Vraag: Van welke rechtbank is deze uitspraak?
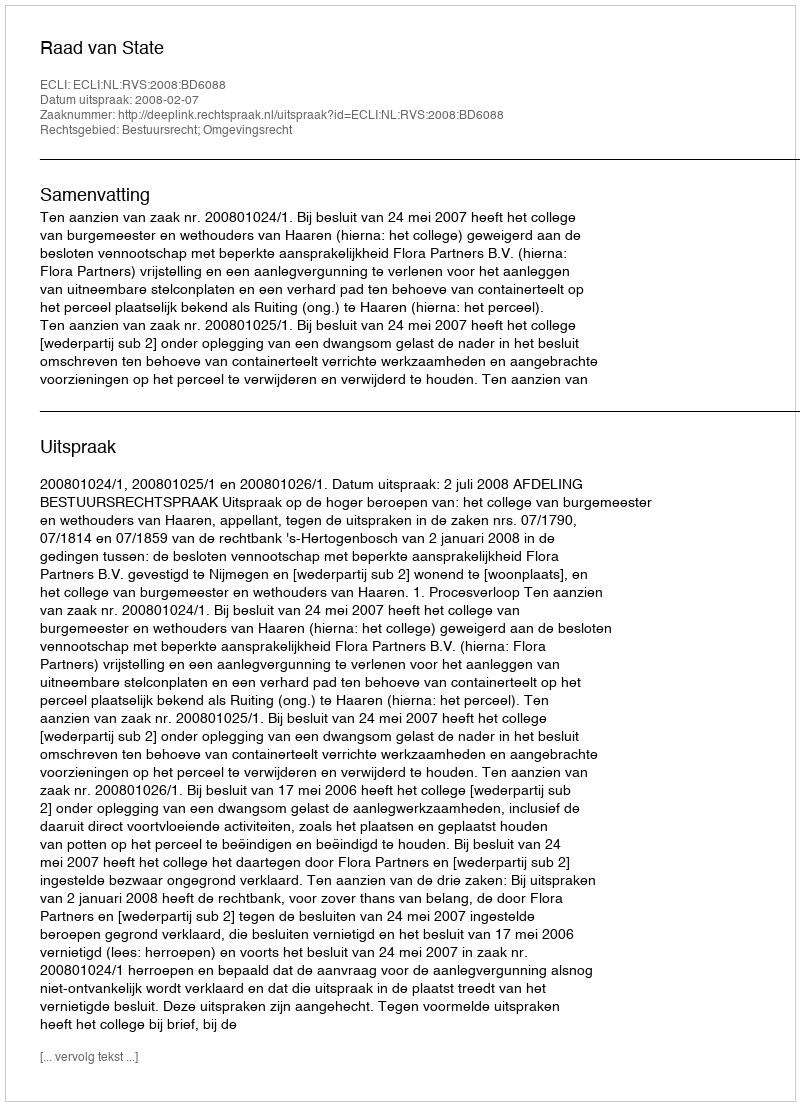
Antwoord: Raad van State